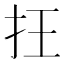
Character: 抂